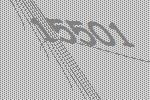
15501